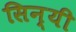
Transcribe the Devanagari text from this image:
सिन्यी